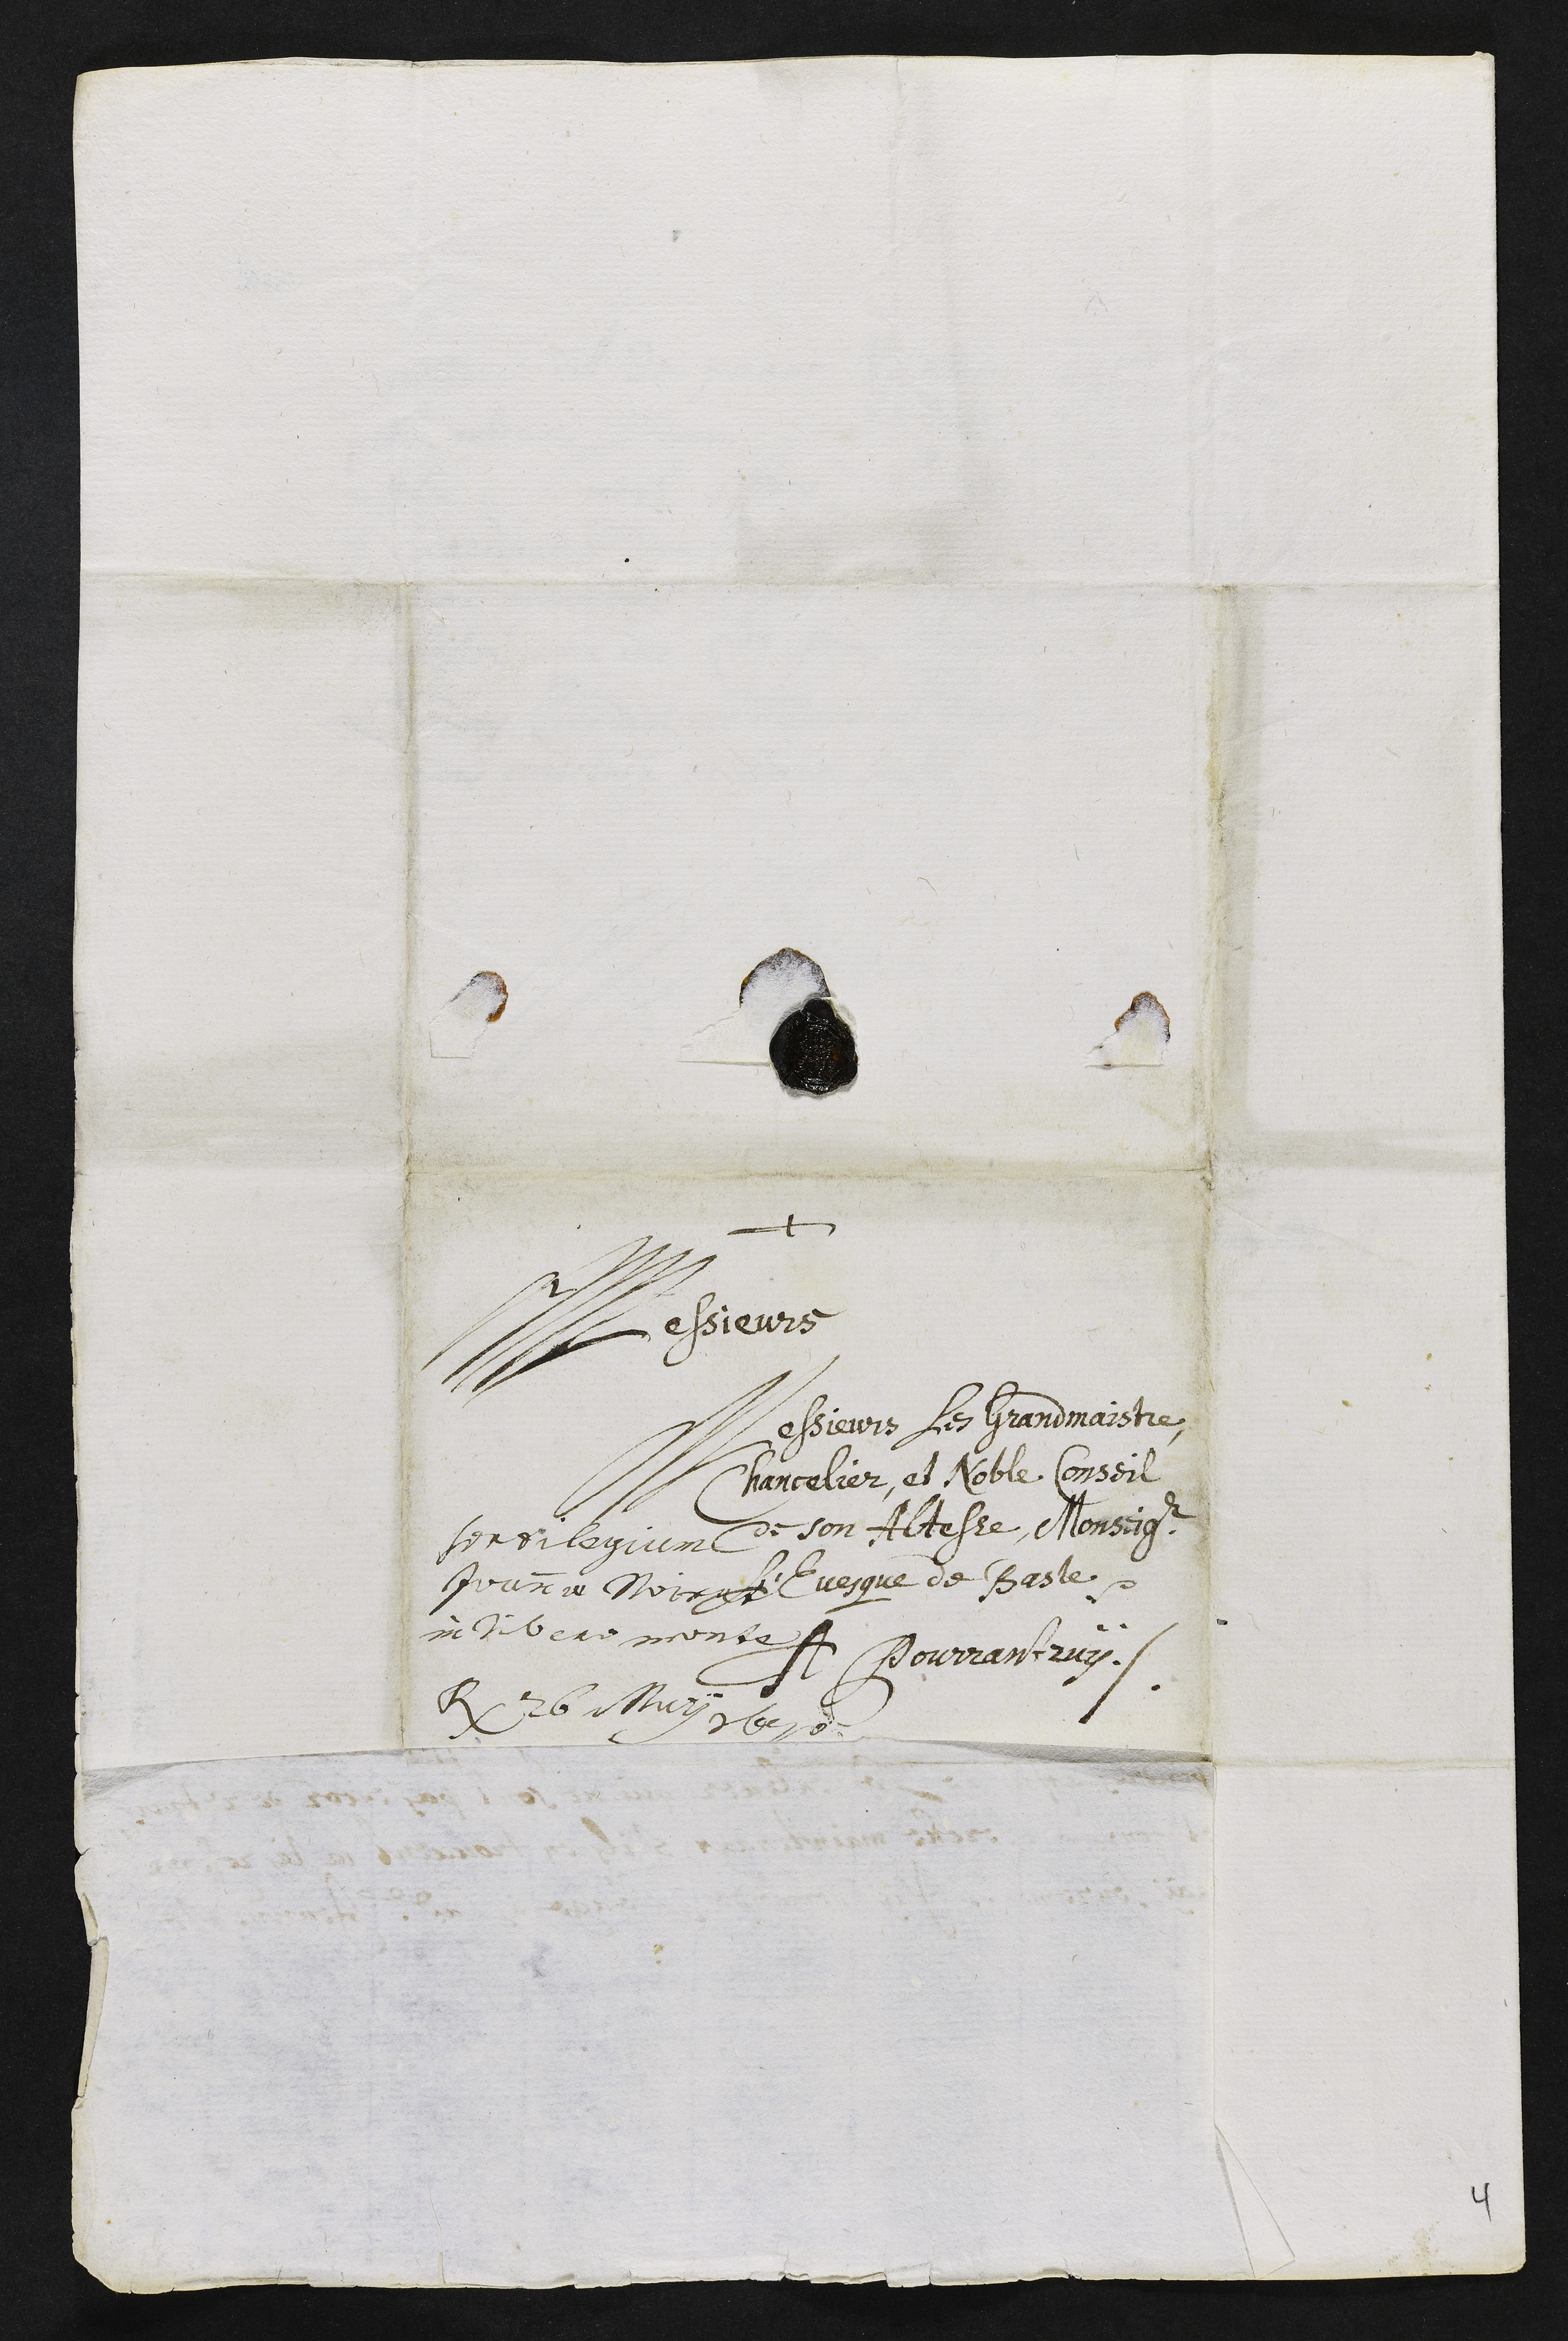
+
Messieurs
Messieurs les Grandmaistre,
Chancelier, et Noble Conseil
de son Altesse, Monseigneur
l’Evesque de Basle
A Pourrantruÿ ./.
sortilegium
Joannae Noirat
in libero monte
Responditum 26 May 1670